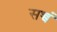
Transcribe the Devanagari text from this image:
सच्चं